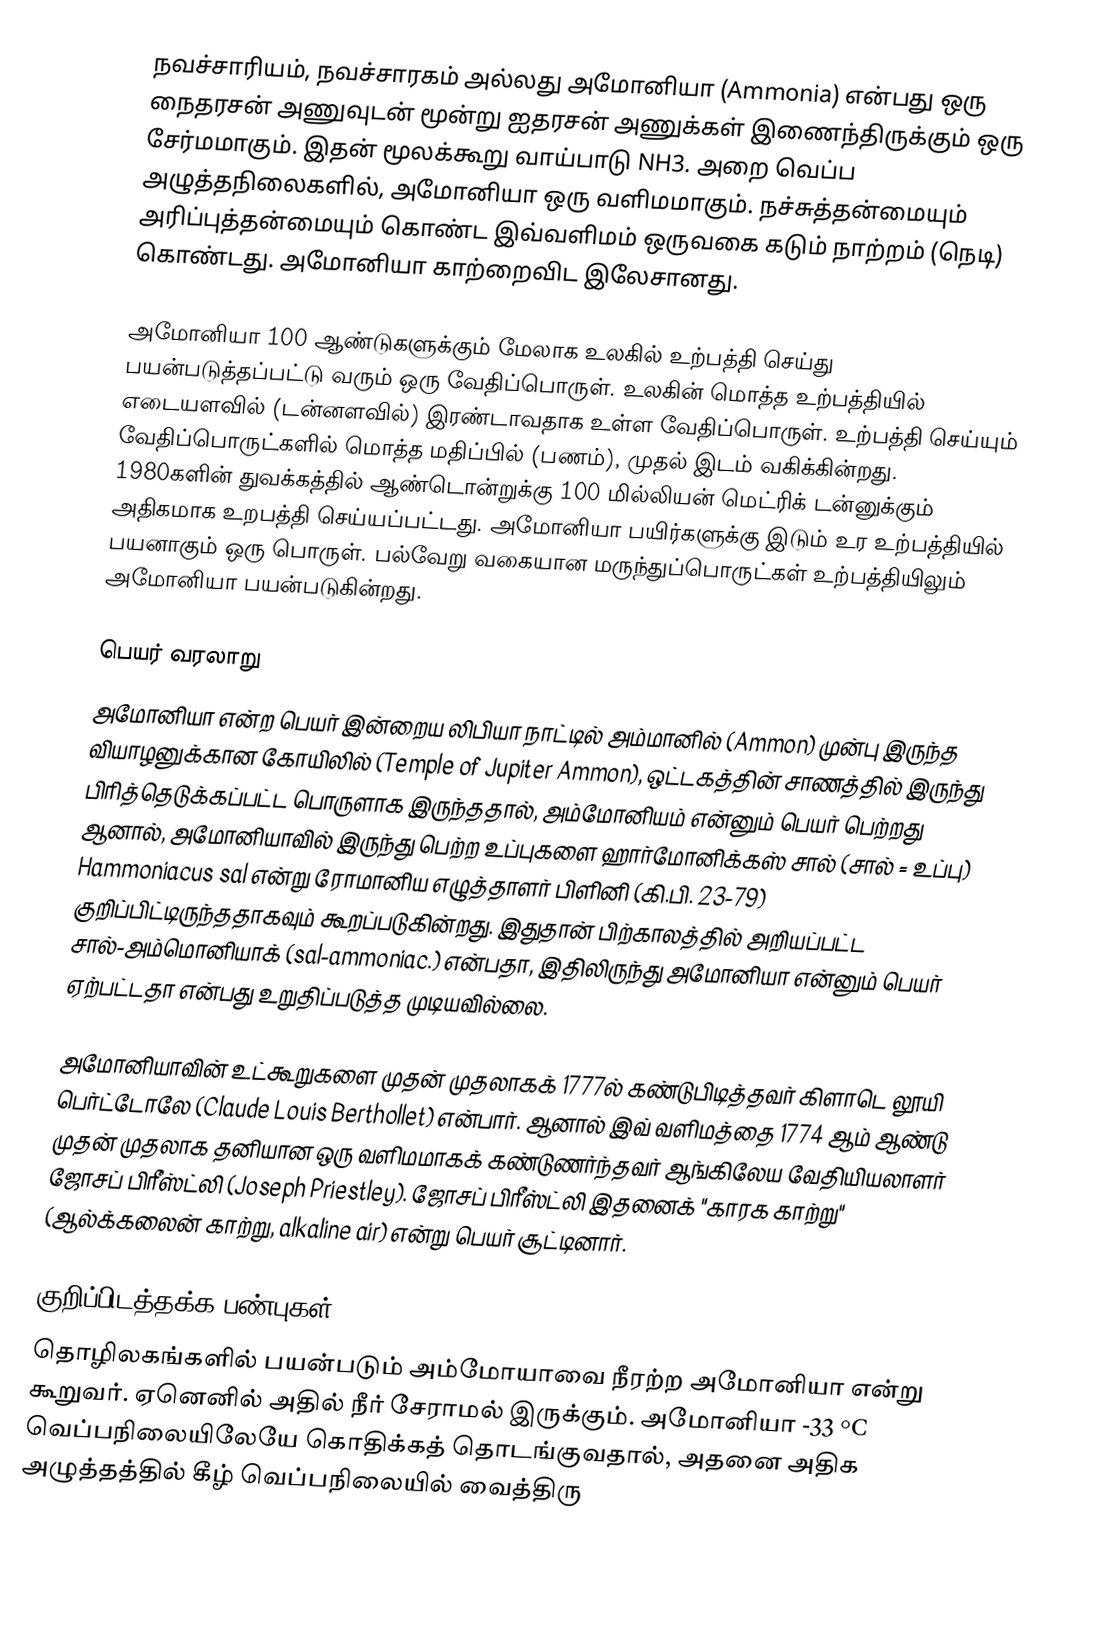
நவச்சாரியம், நவச்சாரகம் அல்லது அமோனியா (Ammonia) என்பது ஒரு நைதரசன் அணுவுடன் மூன்று ஐதரசன் அணுக்கள் இணைந்திருக்கும் ஒரு சேர்மமாகும். இதன் மூலக்கூறு வாய்பாடு  NH3. அறை வெப்ப அழுத்தநிலைகளில், அமோனியா ஒரு வளிமமாகும். நச்சுத்தன்மையும் அரிப்புத்தன்மையும் கொண்ட இவ்வளிமம் ஒருவகை கடும் நாற்றம் (நெடி) கொண்டது. அமோனியா காற்றைவிட இலேசானது.

அமோனியா 100 ஆண்டுகளுக்கும் மேலாக உலகில் உற்பத்தி செய்து பயன்படுத்தப்பட்டு வரும் ஒரு வேதிப்பொருள். உலகின் மொத்த உற்பத்தியில் எடையளவில் (டன்னளவில்) இரண்டாவதாக உள்ள வேதிப்பொருள். உற்பத்தி செய்யும் வேதிப்பொருட்களில் மொத்த மதிப்பில் (பணம்), முதல் இடம் வகிக்கின்றது. 1980களின் துவக்கத்தில் ஆண்டொன்றுக்கு 100 மில்லியன் மெட்ரிக் டன்னுக்கும் அதிகமாக உறபத்தி செய்யப்பட்டது. அமோனியா பயிர்களுக்கு இடும் உர உற்பத்தியில் பயனாகும் ஒரு பொருள். பல்வேறு வகையான மருந்துப்பொருட்கள் உற்பத்தியிலும் அமோனியா பயன்படுகின்றது.

பெயர் வரலாறு
அமோனியா என்ற பெயர் இன்றைய லிபியா நாட்டில் அம்மானில் (Ammon)  முன்பு இருந்த வியாழனுக்கான கோயிலில் (Temple of Jupiter Ammon), ஒட்டகத்தின் சாணத்தில் இருந்து பிரித்தெடுக்கப்பட்ட பொருளாக இருந்ததால், அம்மோனியம் என்னும் பெயர் பெற்றது ஆனால், அமோனியாவில் இருந்து பெற்ற உப்புகளை ஹார்மோனிக்கஸ் சால் (சால் = உப்பு) Hammoniacus sal என்று ரோமானிய எழுத்தாளர் பிளினி (கி.பி. 23-79) குறிப்பிட்டிருந்ததாகவும் கூறப்படுகின்றது. இதுதான் பிற்காலத்தில் அறியப்பட்ட சால்-அம்மொனியாக் (sal-ammoniac.) என்பதா, இதிலிருந்து அமோனியா என்னும் பெயர் ஏற்பட்டதா என்பது உறுதிப்படுத்த முடியவில்லை.

அமோனியாவின் உட்கூறுகளை முதன் முதலாகக் 1777ல் கண்டுபிடித்தவர் கிளாடெ லூயி பெர்ட்டோலே (Claude Louis Berthollet) என்பார். ஆனால் இவ் வளிமத்தை 1774 ஆம் ஆண்டு முதன் முதலாக தனியான ஒரு வளிமமாகக் கண்டுணர்ந்தவர் ஆங்கிலேய வேதியியலாளர் ஜோசப் பிரீஸ்ட்லி (Joseph Priestley). ஜோசப் பிரீஸ்ட்லி இதனைக் "காரக காற்று" (ஆல்க்கலைன் காற்று, alkaline air) என்று பெயர் சூட்டினார்.

குறிப்பிடத்தக்க பண்புகள்
தொழிலகங்களில் பயன்படும் அம்மோயாவை நீரற்ற அமோனியா என்று கூறுவர். ஏனெனில் அதில் நீர் சேராமல் இருக்கும். அமோனியா -33 °C வெப்பநிலையிலேயே கொதிக்கத் தொடங்குவதால், அதனை அதிக அழுத்தத்தில் கீழ் வெப்பநிலையில் வைத்திரு